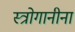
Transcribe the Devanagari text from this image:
स्त्रोगानीना